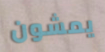
يمشون